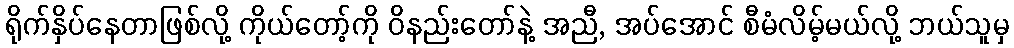
ရိုက်နှိပ်နေတာဖြစ်လို့ ကိုယ်တော့်ကို ဝိနည်းတော်နဲ့ အညီ, အပ်အောင် စီမံလိမ့်မယ်လို့ ဘယ်သူမှ